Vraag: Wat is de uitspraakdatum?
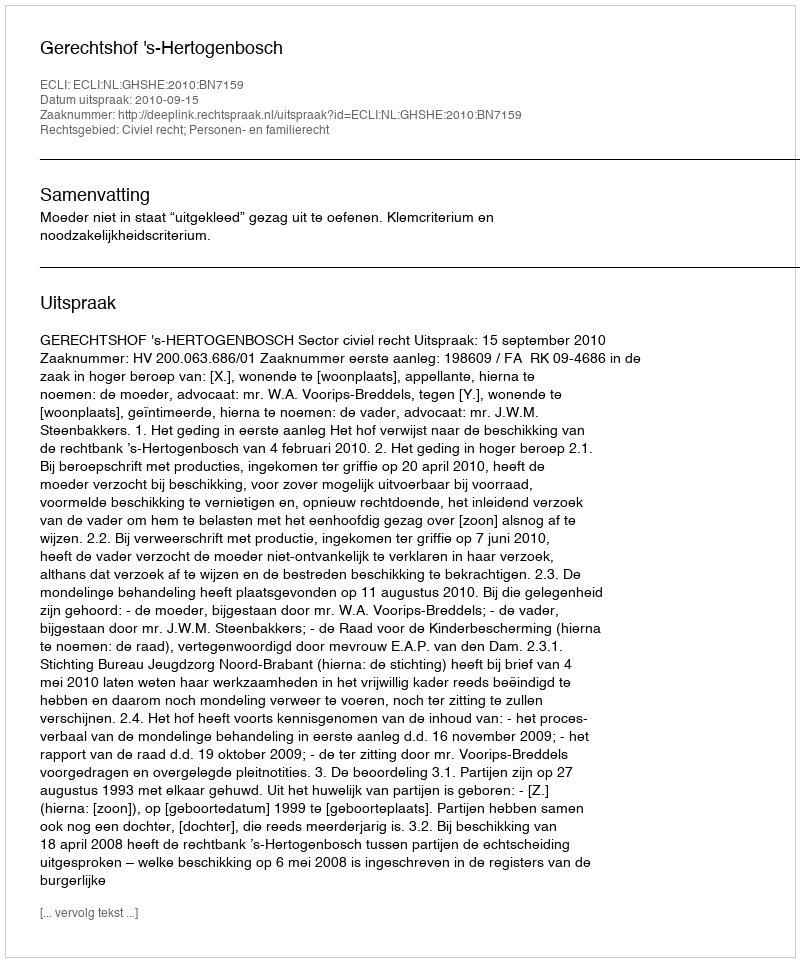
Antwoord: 2010-09-15